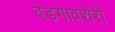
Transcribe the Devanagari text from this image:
वडगावशेरी